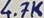
Text: 4.7K